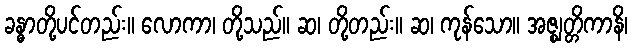
ခန္ဓာတို့ပင်တည်း။ လောကာ၊ တို့သည်။ ဆ၊ တို့တည်း။ ဆ၊ ကုန်သော။ အဇ္ဈတ္တိကာနိ၊